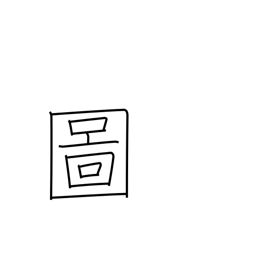
Meaning: drawing